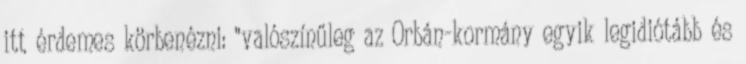
itt érdemes körbenézni: "valószínűleg az Orbán-kormány egyik legidiótább és